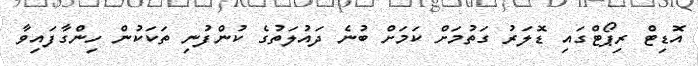
އޮޑިޓް ރިޕޯޓްގައި ޑޮލަރު ގަތުމަށް ކަަމަށް ބުނެ ދައުލަތުގެ ކުންފުނި ތަކަކުން ހިންގާފައިވާ